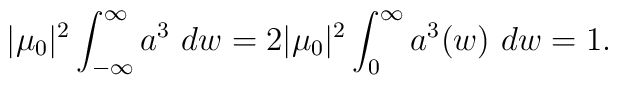
|\mu_0|^2 \int_{-\infty}^{\infty} a^3 ~dw = 2 |\mu_0|^2\int_{0}^{\infty}a^3(w)~ dw=1 .